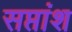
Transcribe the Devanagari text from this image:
सप्तांश